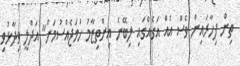
ތިން ފިހާރައިން ވެސް އެއް އަގެއްގައި ލިބޭނެ އިންތިޒާމު ހަމަޖެއްސުމަށް" އަދްލީ ވިދާޅުވި